Riigikantselei, lk 490
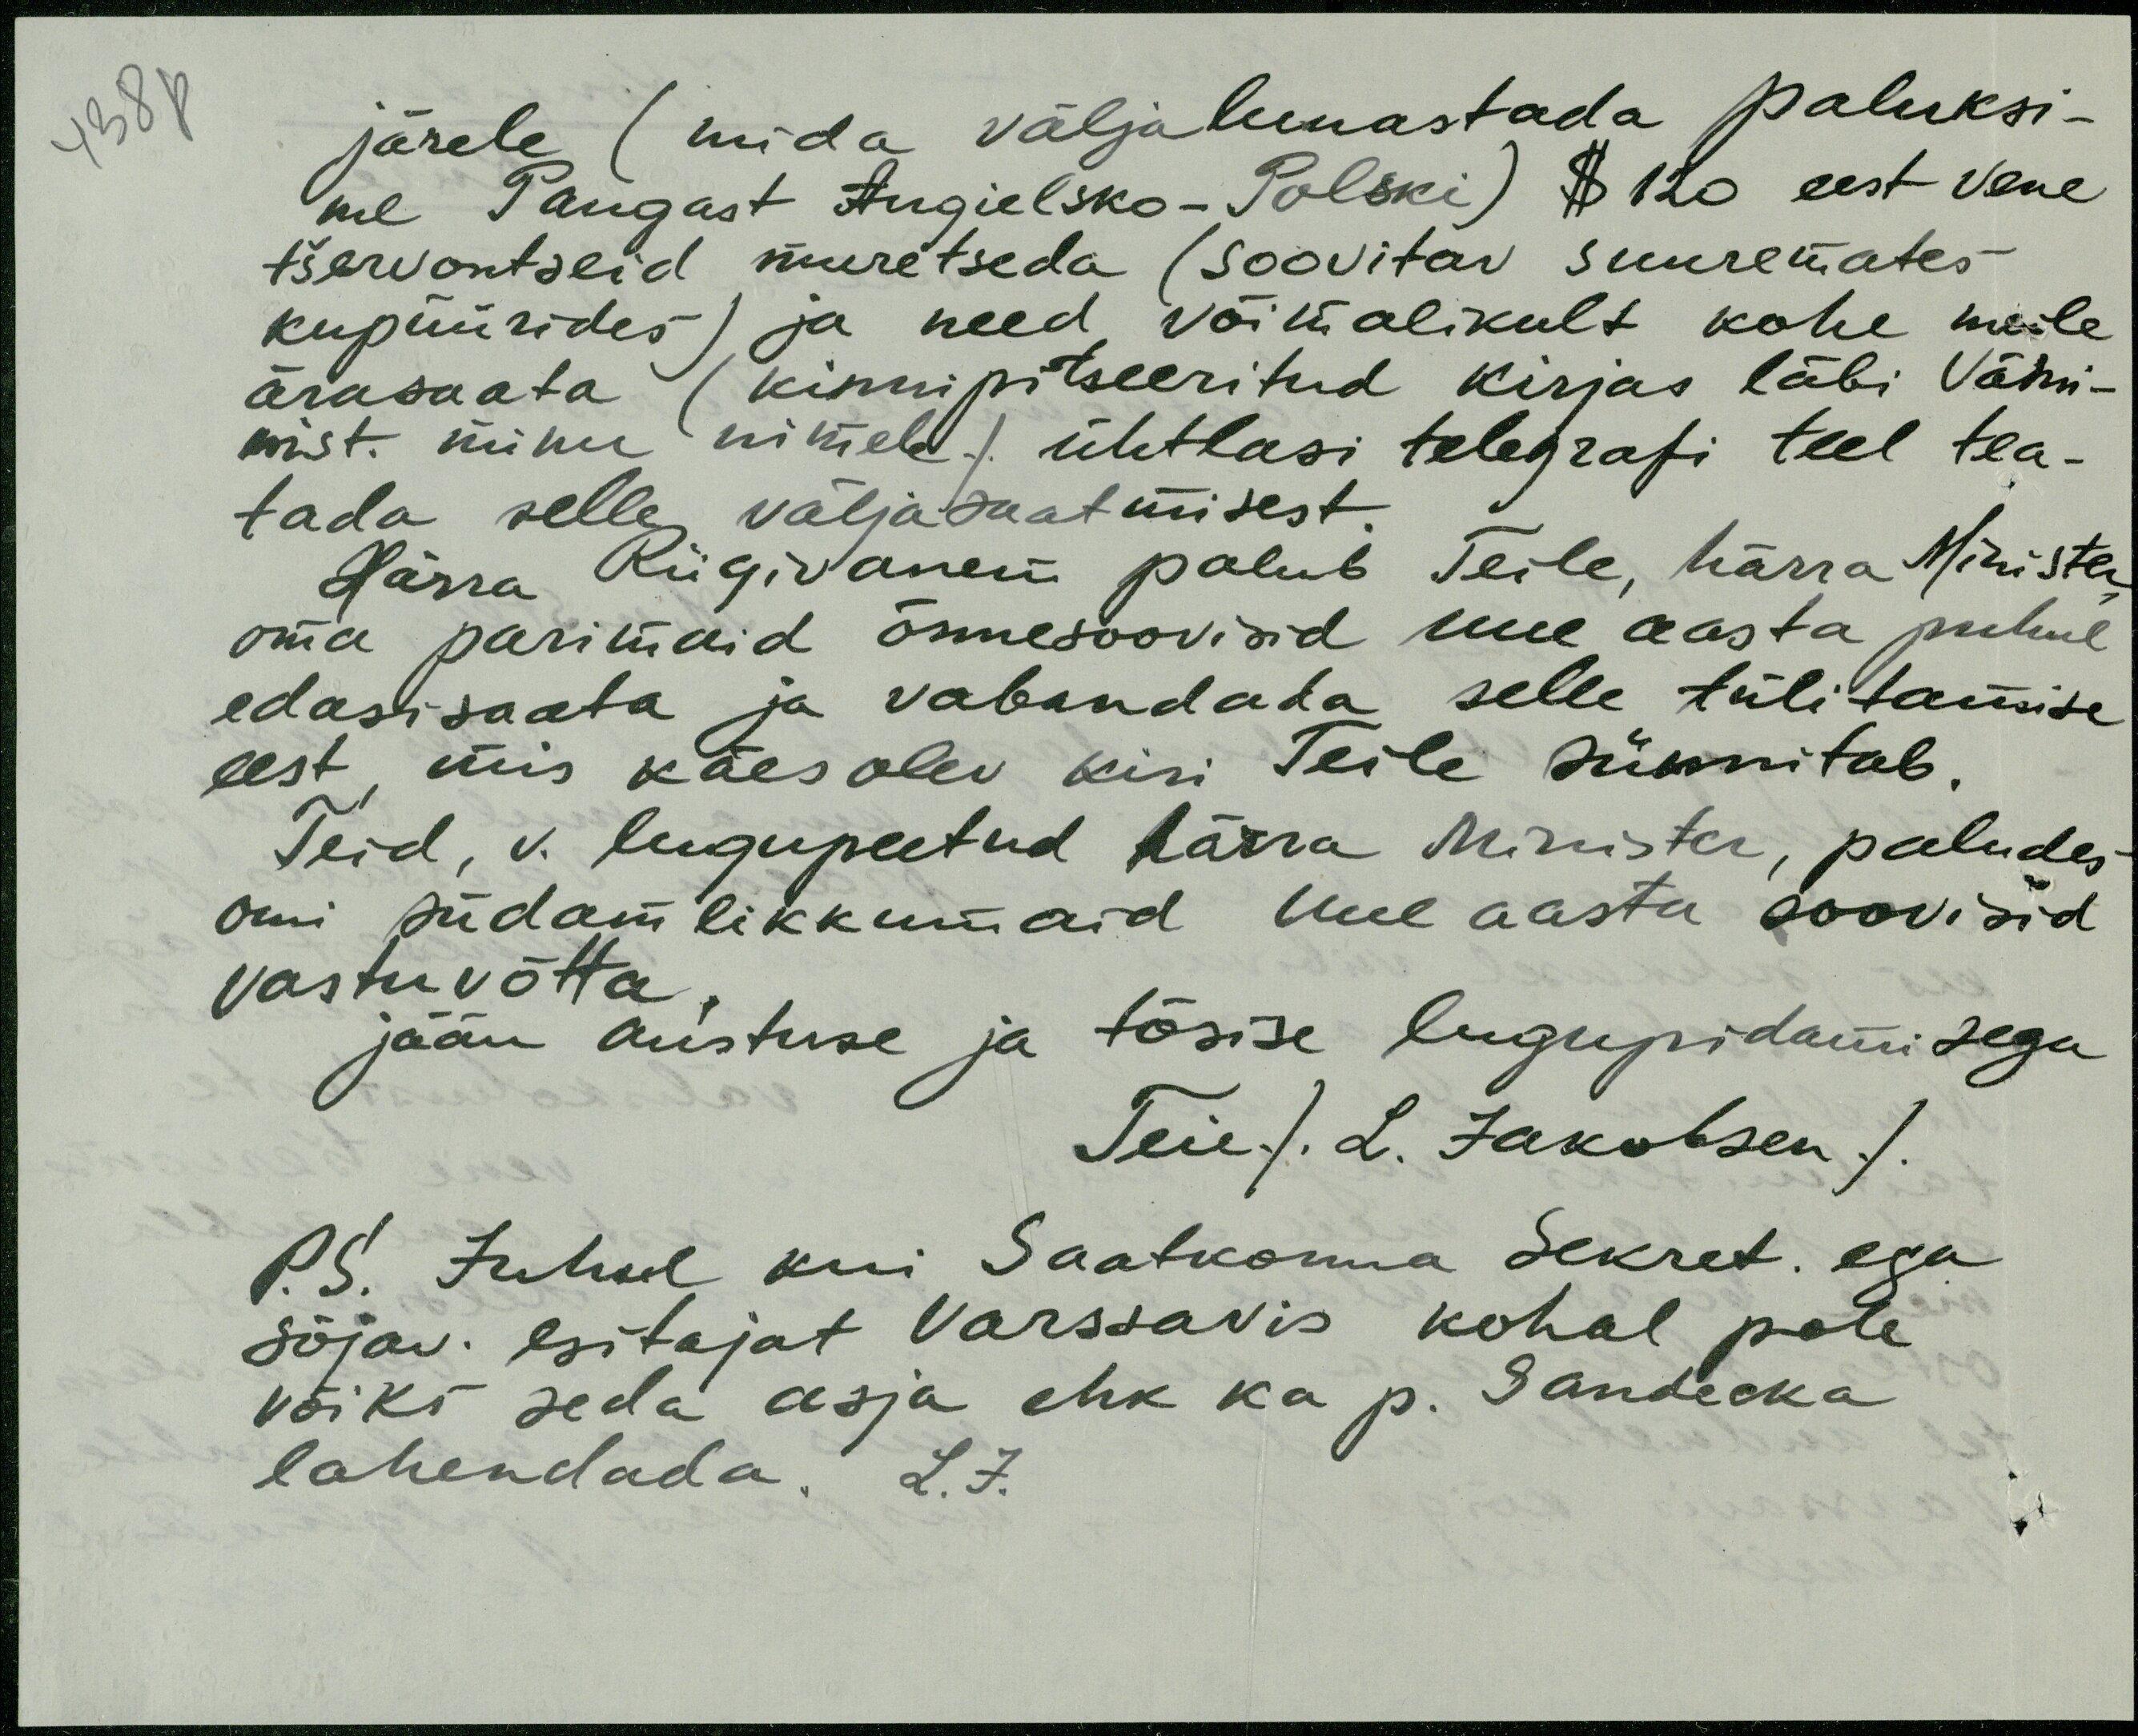
järele (mida väljalunastada paluksi-
me Pangast Angielsko-Polski) $ 120 eest Vene
tšervontseid muretseda (soovitav suuremates
kupüürides) ja need võimalikult kohe meile
ärasaata (kinnipitseeritud kirjas läbi Välm-
mist. minu nimele) ühtlasi telegrafi teel tea-
tada selle väljasaatmisest.
Härra Riigivanen palub Teile, härra Minister
oma parimaid õnnesoovisid uue aasta puhul
edasi saata ja vabandada selle tülitamise
eest, mis käesolev kiri Teile sünnitab.
Teid, v. lugupeetud härra Minister, paludes
omi südamlikkumaid uue aasta soovisid
vastu võtta,
jään austuse ja tõsise lugupidamisega
Teie / L. Jakobsen /
P. S. Juhul kui Saatkonna Sekret. ega
sõjav. esitajat Varssaris kohal pole
võiks seda asja ehk ka p. Sandecka
lahendada. L. J.